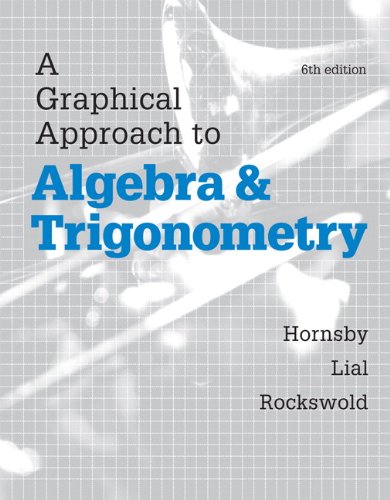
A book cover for A Graphical Approach to Algebra and Trigonometry (6th Edition); John Hornsby; Science & Math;